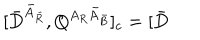
LaTeX: \lbrack \bar { D } ^ { \bar { A } _ { \bar { R } } } , Q ^ { A _ { R } \bar { A } _ { \bar { B } } } ] _ { c } = [ \bar { D }